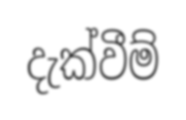
දැක්වීම්